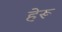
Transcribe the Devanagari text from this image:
हेरू